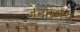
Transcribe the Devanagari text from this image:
ज़ेनोलिथ